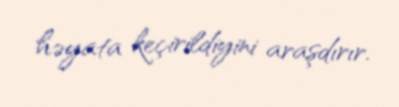
həyata keçirildiyini araşdırır.